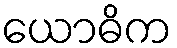
ယောဓိက